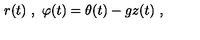
r ( t ) \ , \ \varphi ( t ) = \theta ( t ) - g z ( t ) \ ,